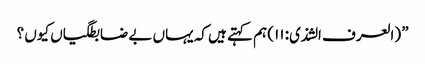
” (العرف الشذی: ۱۱) ہم کہتے ہیں کہ یہاں بے ضابطگیاں کیوں ؟